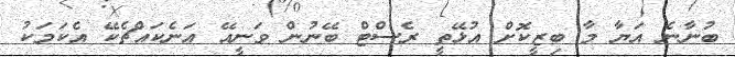
ބުނާނެ އަޔާ މާ ބިޒީކޮށް އުޅޭތީ ރެސްޓް ބޭނުން ވަނީއޭ އަނެކައްޗެކޭ އެކަމަކު